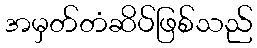
အမှတ်တံဆိပ်ဖြစ်သည်